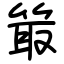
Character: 箃